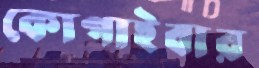
কোপাইবার